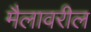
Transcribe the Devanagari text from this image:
मैलावरील